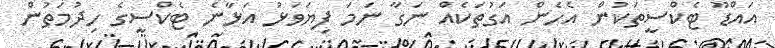
އައްޑޫ ޓެކްސީތަކުން އެހެން އަގުތަކެއް ނަގާ ނަމަ ފިޔަވަޅު އަޅާނެ ޓެކްސީގެ ހިދުމަތުން